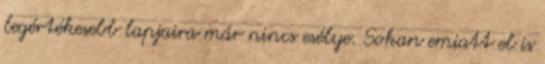
legértékesebb lapjaira már nincs esélye. Sokan emiatt el is